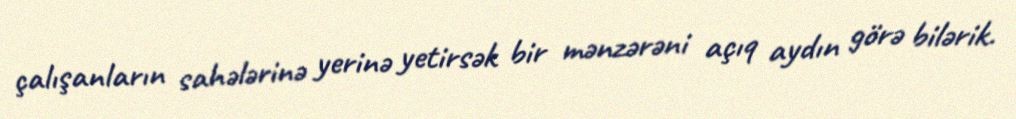
çalışanların sahələrinə yerinə yetirsək bir mənzərəni açıq aydın görə bilərik.